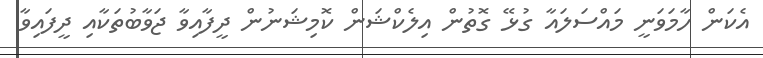
އެކަން ހާމަވަނީ މައްސަލައާ ގުޅޭ ގޮތުން އިލެކްޝަން ކޮމިޝަނުން ދީފާއިވާ ޖަވާބުތަކާއި ދީފައިވާ